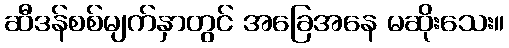
ဆီဒန်စစ်မျက်နှာတွင် အခြေအနေ မဆိုးသေး။